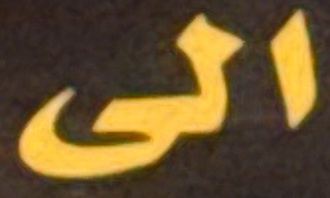
الی